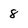
Character: 8